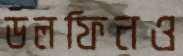
ডলফিনও